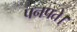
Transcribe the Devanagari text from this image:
पनपते।